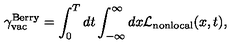
{ \gamma } _ { \mathrm { v a c } } ^ { \mathrm { B e r r y } } = \int _ { 0 } ^ { T } d t \int _ { - \infty } ^ { \infty } d x { \cal L } _ { \mathrm { n o n l o c a l } } ( x , t ) ,